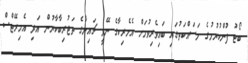
ބޯޓު ފުންކުރުމުގެ މަސައްކަތުގައި ބައިވެރިވުމަށް އެމެރިކާގެ ނޭވީ ޗައިނާގެ ތަޖުރިބާކާރުން އަދި އެމިރޭޓްސް